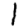
Digit: 1